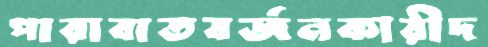
পারাবাতবর্জনকারীদ